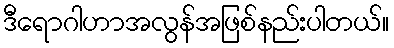
ဒီရောဂါဟာအလွန်အဖြစ်နည်းပါတယ်။